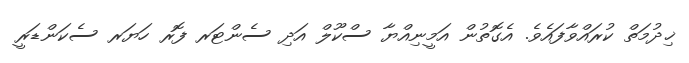
ޚިދުމަތް ކުރައްވާފައެވެ. އެގޮތުން އަމީނިއްޔާ ސްކޫލް އަދި ސެންޓަރ ފޮރ ހަޔަރ ސެކަންޑަރީ